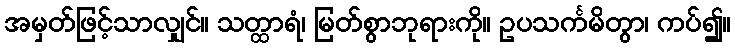
အမှတ်ဖြင့်သာလျှင်။ သတ္ထာရံ၊ မြတ်စွာဘုရားကို။ ဥပသင်္ကမိတွာ၊ ကပ်၍။